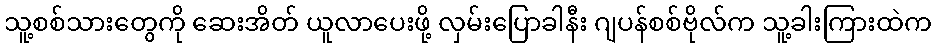
သူ့စစ်သားတွေကို ဆေးအိတ် ယူလာပေးဖို့ လှမ်းပြောခါနီး ဂျပန်စစ်ဗိုလ်က သူ့ခါးကြားထဲက